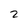
Character: 2